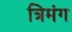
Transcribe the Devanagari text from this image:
त्रिमंग